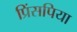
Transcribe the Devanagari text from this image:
प्रिंसपिया